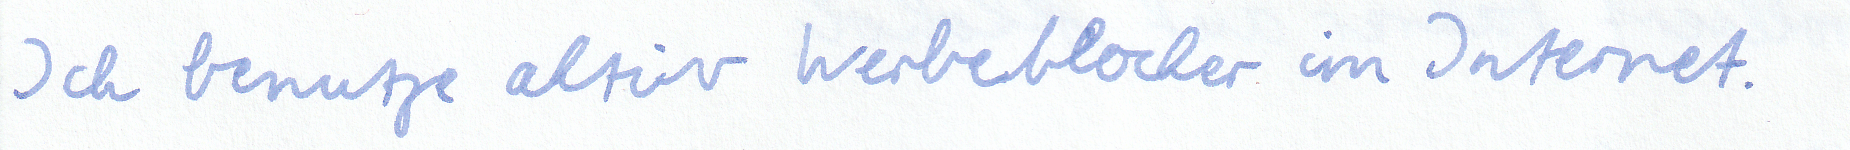
Ich benutze aktiv Werbeblocker im Internet.